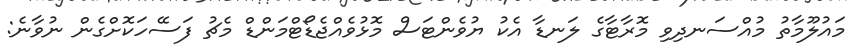
މައުލޫމާތު މުއްސަނދިވި މޮރާޓާގެ ލަނޑާ އެކު ޔުވެންޓަސް މޮޅުވެއްޖެޑޯޓްމަންޑް މެޗު ފަސޭހަކޮށްގެން ނުވާނެ: